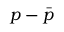
p - \bar { p }